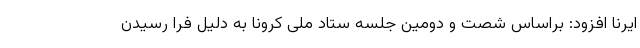
ایرنا افزود: براساس شصت و دومین جلسه ستاد ملی کرونا به دلیل فرا رسیدن